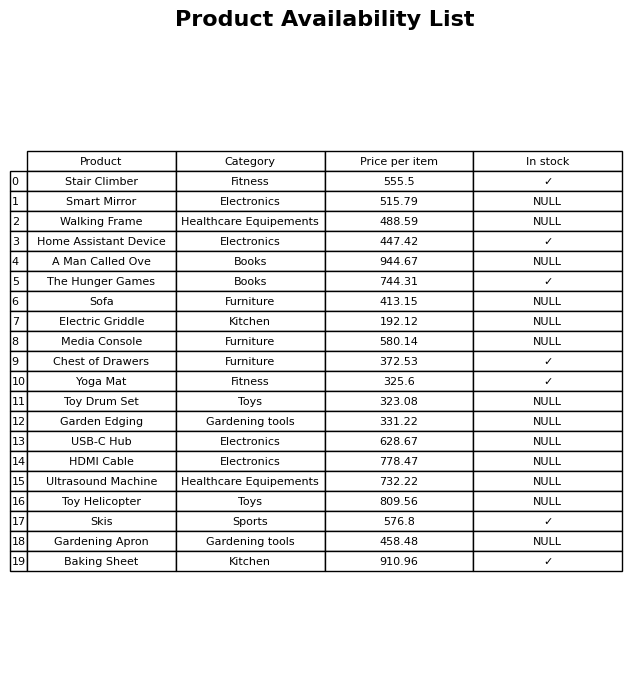
question: What category does the Garden Edging belong to?
answer: Gardening tools